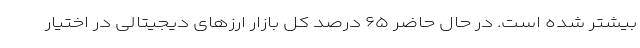
بیشتر شده است. در حال حاضر ۶۵ درصد کل بازار ارز‌های دیجیتالی در اختیار